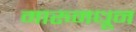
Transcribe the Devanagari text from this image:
मारुमधून